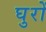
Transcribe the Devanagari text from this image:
घुरों